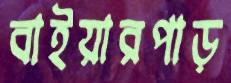
বাইয়ারপাড়